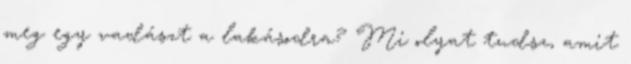
meg egy vadászt a lakásodra? Mi olyat tudsz, amit